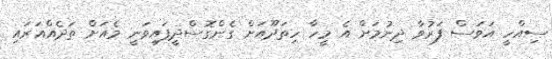
ސިއްހީ އަވަސް ފަރުވާ ދިނުމަށް އެ މީހާ ހިތަދޫއަށް ގެންގޮސްދީފައިވަނީ މެއަށް ތަދެއްއަރައި